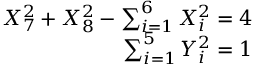
\begin{array} { r } { { X _ { 7 } ^ { 2 } + X _ { 8 } ^ { 2 } - \sum _ { i = 1 } ^ { 6 } X _ { i } ^ { 2 } = 4 } } \\ { { \sum _ { i = 1 } ^ { 5 } Y _ { i } ^ { 2 } = 1 } } \end{array}